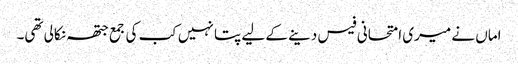
اماں نے میری امتحانی فیس دینے کے لیے پتا نہیں کب کی جمع جتھہ نکالی تھی۔